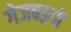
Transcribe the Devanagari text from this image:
गेजबइयों